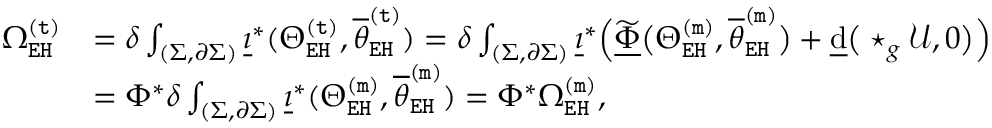
\begin{array} { r l } { \Omega _ { \mathtt { E H } } ^ { \mathtt { ( t ) } } } & { = \delta \int _ { ( \Sigma , \partial \Sigma ) } \underline { { \imath } } ^ { * } ( \Theta _ { \mathtt { E H } } ^ { \mathtt { ( t ) } } , \overline { { \theta } } _ { \mathtt { E H } } ^ { \mathtt { ( t ) } } ) = \delta \int _ { ( \Sigma , \partial \Sigma ) } \underline { { \imath } } ^ { * } \Big ( \underline { { \widetilde { \Phi } } } \big ( \Theta _ { \mathtt { E H } } ^ { \mathtt { ( m ) } } , \overline { { \theta } } _ { \mathtt { E H } } ^ { \mathtt { ( m ) } } \big ) + \underline { { \mathrm { d } } } \big ( \star _ { g } \mathcal { U } , 0 \big ) \Big ) } \\ & { = \Phi ^ { * } \delta \int _ { ( \Sigma , \partial \Sigma ) } \underline { { \imath } } ^ { * } ( \Theta _ { \mathtt { E H } } ^ { \mathtt { ( m ) } } , \overline { { \theta } } _ { \mathtt { E H } } ^ { \mathtt { ( m ) } } ) = \Phi ^ { * } \Omega _ { \mathtt { E H } } ^ { \mathtt { ( m ) } } , } \end{array}